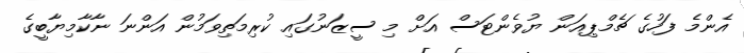
އެންމެ ފަހުގެ ޗެމްޕިއަން ޔުވެންޓަސް އަށް މި ސީޒަނުގައި ކުރިމަތިވަމުން އަންނަ ނާކާމިޔާބީގެ